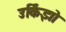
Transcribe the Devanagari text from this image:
उर्किझो